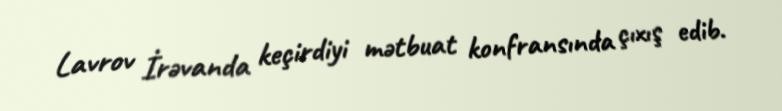
Lavrov İrəvanda keçirdiyi mətbuat konfransında çıxış edib.